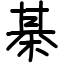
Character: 棊